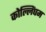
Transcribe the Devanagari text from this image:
कोल्लिंघम